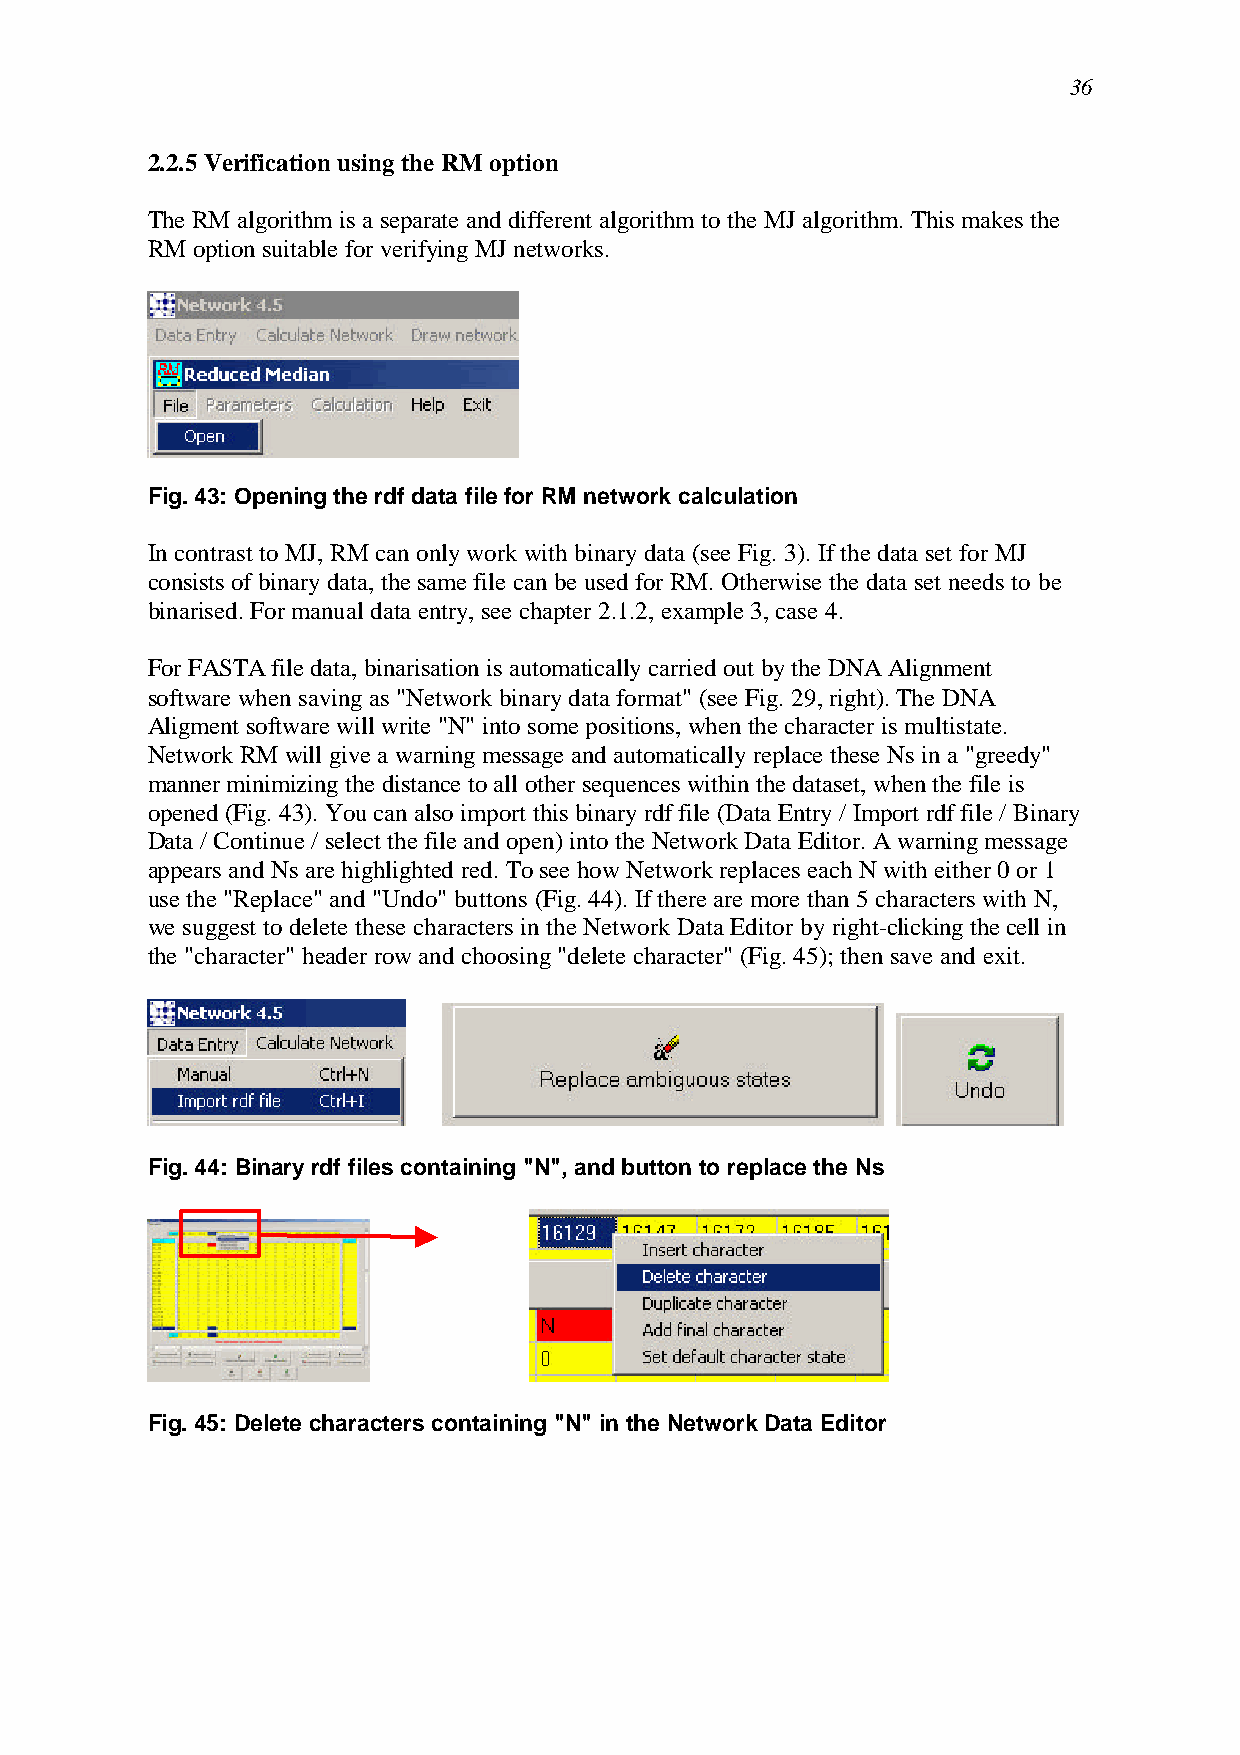
36
 2.2.5 Verification using the RM option
 The RM algorithm is a separate and different algorithm to the MJ algorithm. This makes the
 RM option suitable for verifying MJ networks.
 Fig. 43: Opening the rdf data file for RM network calculation
 In contrast to MJ, RM can only work with binary data (see Fig. 3). If the data set for MJ
 consists of binary data, the same file can be used for RM. Otherwise the data set needs to be
 binarised. For manual data entry, see chapter 2.1.2, example 3, case 4.
 For FASTA file data, binarisation is automatically carried out by the DNA Alignment
 software when saving as "Network binary data format" (see Fig. 29, right). The DNA
 Aligment software will write "N" into some positions, when the character is multistate.
 Network RM will give a warning message and automatically replace these Ns in a "greedy"
 manner minimizing the distance to all other sequences within the dataset, when the file is
 opened (Fig. 43). You can also import this binary rdf file (Data Entry / Import rdf file / Binary
 Data / Continue / select the file and open) into the Network Data Editor. A warning message
 appears and Ns are highlighted red. To see how Network replaces each N with either 0 or 1
 use the "Replace" and "Undo" buttons (Fig. 44). If there are more than 5 characters with N,
 we suggest to delete these characters in the Network Data Editor by right-clicking the cell in
 the "character" header row and choosing "delete character" (Fig. 45); then save and exit.
 Fig. 44: Binary rdf files containing "N", and button to replace the Ns
 Fig. 45: Delete characters containing "N" in the Network Data Editor